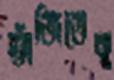
ভাঁজিতেছ